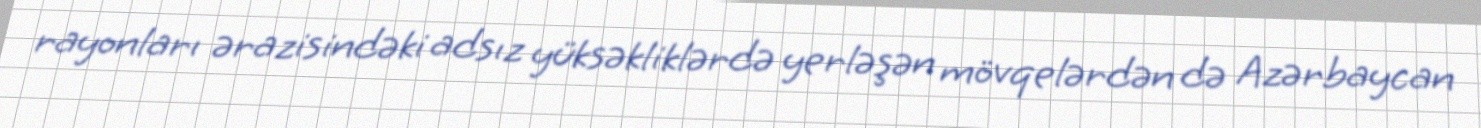
rayonları ərazisindəki adsız yüksəkliklərdə yerləşən mövqelərdən də Azərbaycan